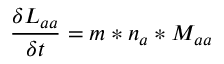
\frac { \delta L _ { a a } } { \delta t } = m * n _ { a } * M _ { a a }